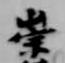
崇